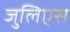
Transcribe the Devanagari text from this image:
जुलिएस